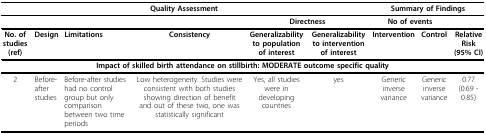
| <COLSPAN=6> Quality Assessment | <COLSPAN=3> Summary of Findings |
 | --- | --- | --- | --- | --- | --- | --- | --- | --- |
 | <COLSPAN=4>  | <COLSPAN=2> Directness | <COLSPAN=2> No of events |  |
 | No. of studies (ref) | Design | Limitations | Consistency | Generalizability to population of interest | Generalizability to intervention of interest | Intervention | Control | Relative Risk (95% CI) |
 | <COLSPAN=9> Impact of skilled birth attendance on stillbirth: MODERATE outcome specific quality |
 | 2 | Before-after studies | Before-after studies had no control group but only comparison between two time periods | Low heterogeneity. Studies were consistent with both studies showing direction of benefit and out of these two, one was statistically significant | Yes, all studies were in developing countries | yes | Generic inverse variance | Generic inverse variance | 0.77 (0.69 - 0.85) |